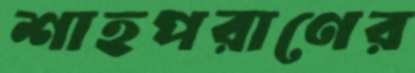
শাহপরাণের